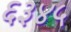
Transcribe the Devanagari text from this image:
६३४५